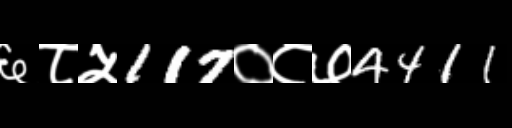
Text: ६८५117०८७4411